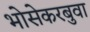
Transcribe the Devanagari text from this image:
भोसेकरबुवा